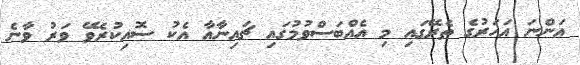
އަންނަ އަހަރުގެ ތެރޭގައި މި އެއްބަސްވުމުގައި ޗައިނާއާ އެކު ސޮއިކުރެވޭ ވަރު ވާނެ